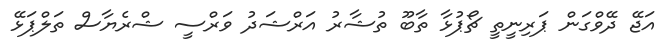
އަޖޭ ދޭވްގަން ޕަރިނީތީ ޗޯޕުޅާ ތާބޫ ތުޝާރު އަރްޝަދު ވަރްސީ ޝްރެޔާސް ތަލްޕަޅޭ